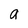
Character: a